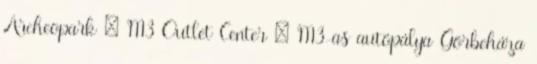
Archeopark · M3 Outlet Center · M3-as autópálya Görbeháza